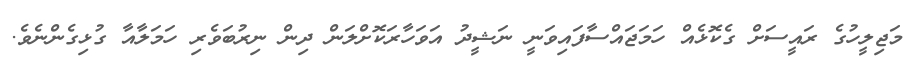
މަޖިލީހުގެ ރައީސަށް ގެކޮޅެއް ހަމަޖައްސާފައިވަނީ ނަޝީދު އަވަހާރަކޮށްލަން ދިން ނިރުބަވެރި ހަމަލާއާ ގުޅިގެންނެވެ.